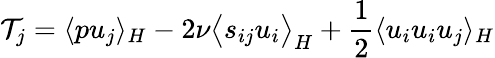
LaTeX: \mathcal{T}_{j}=\langle pu_{j}\rangle_{H}-2\nu\bigl\langle s_{ij}u_{i}\bigr\rangle_{H}+\frac{1}{2}\langle u_{i}u_{i}u_{j}\rangle_{H}